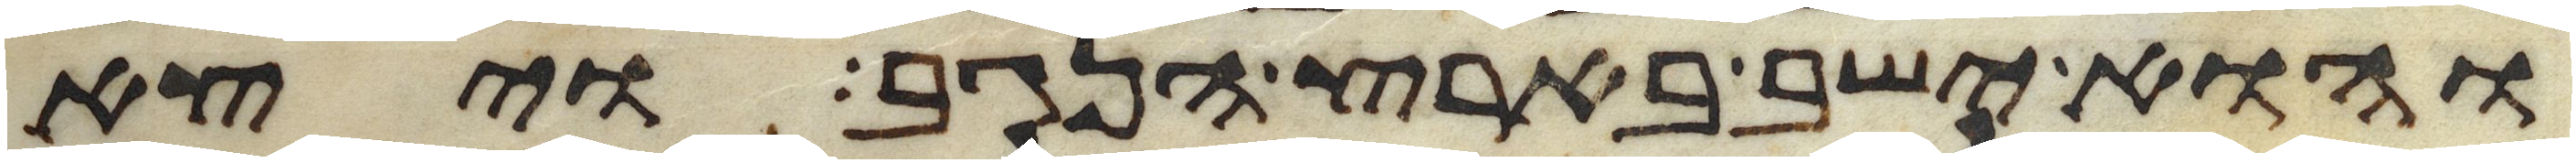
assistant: והוא ישב בארץ הנגב ויצא